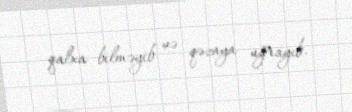
qalxa bilməyib və qəzaya uğrayıb.